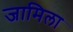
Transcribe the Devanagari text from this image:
जामिला